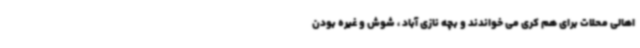
اهالی محلات برای هم کری می خواندند و بچه نازی آباد ، شوش و غیره بودن